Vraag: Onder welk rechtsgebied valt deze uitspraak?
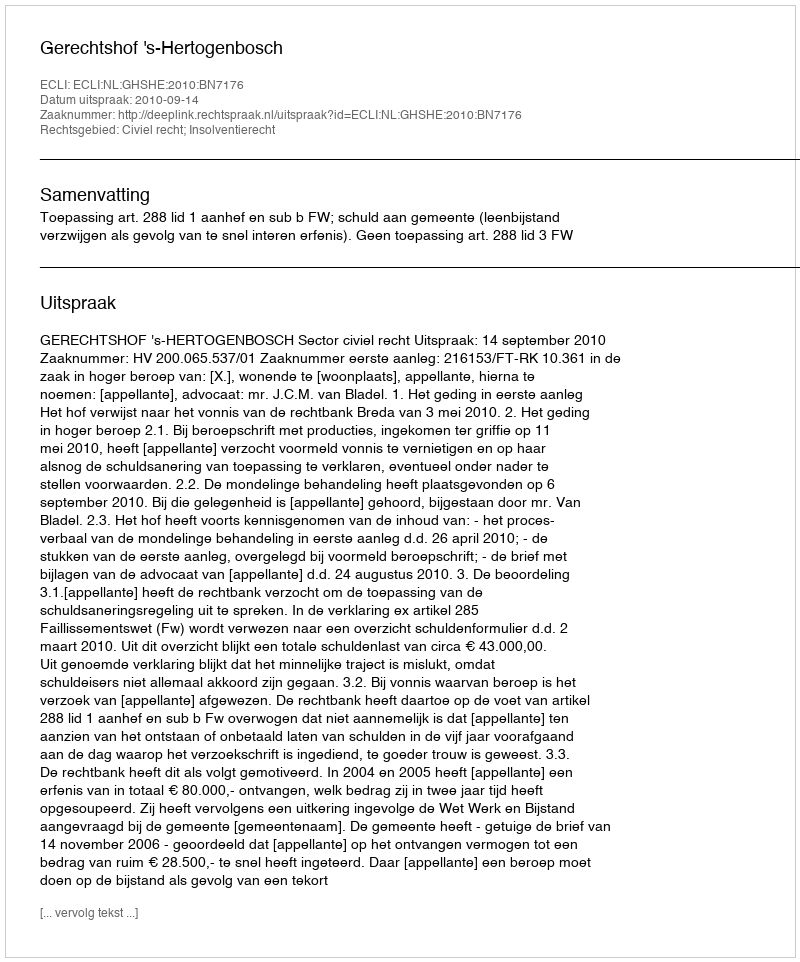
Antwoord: Civiel recht; Insolventierecht